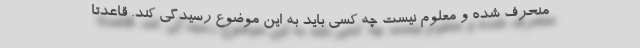
منحرف شده و معلوم نیست چه كسی باید به این موضوع رسیدگی كند. قاعدتا